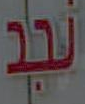
نجد